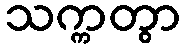
သက္ကတွာ